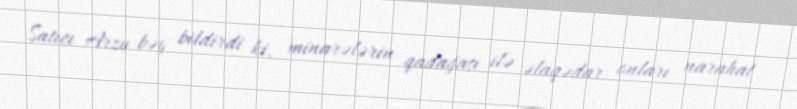
Satıcı Arzu bəy bildirdi ki, minarələrin qadağası ilə əlaqədar onları narahat